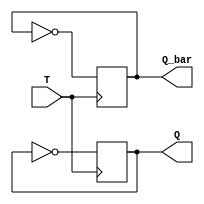
module T_FF(
    input T,
    output reg Q,
    output reg Q_bar
);

always @(posedge T)
begin
    if (T)
    begin
        Q <= ~Q;
        Q_bar <= ~Q_bar;
    end
end

endmodule